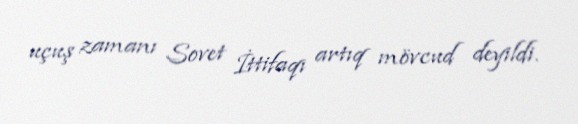
uçuş zamanı Sovet İttifaqı artıq mövcud deyildi.